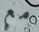
مع